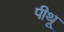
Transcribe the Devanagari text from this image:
पीथू